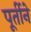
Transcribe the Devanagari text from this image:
पूर्तीने